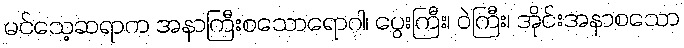
မင်သေ့ဆရာက အနာကြီးစသောရောဂါ၊ ပွေးကြီး၊ ဝဲကြီး၊ အိုင်းအနာစသော